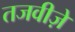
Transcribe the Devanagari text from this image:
तजवीज़ें